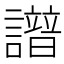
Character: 𧭘